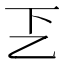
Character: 乤